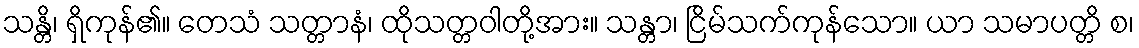
သန္တိ၊ ရှိကုန်၏။ တေသံ သတ္တာနံ၊ ထိုသတ္တဝါတို့အား။ သန္တာ၊ ငြိမ်သက်ကုန်သော။ ယာ သမာပတ္တိ စ၊